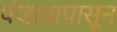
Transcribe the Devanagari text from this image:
पंजाबापासून